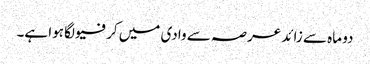
دو ماہ سے زائد عرصہ سے وادی میں کرفیو لگا ہوا ہے۔